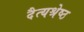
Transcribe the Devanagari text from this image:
दैत्यश्रेष्ठ